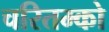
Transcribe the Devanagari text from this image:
चरितम्को